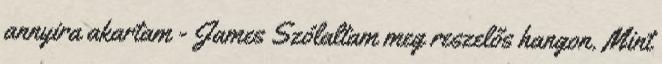
annyira akartam - James Szólaltam meg reszelős hangon. Mint